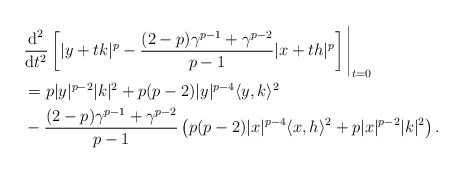
\begin{align*} &\frac{\mbox{d}^2}{\mbox{d}t^2}\left[|y+tk|^p-\frac{(2-p)\gamma^{p-1}+\gamma^{p-2}}{p-1}|x+th|^p\right]\Bigg|_{t=0}\\ &=p|y|^{p-2}|k|^2+p(p-2)|y|^{p-4}\langle y,k\rangle^2\\& -\frac{(2-p)\gamma^{p-1} +\gamma^{p-2}}{p-1}\left(p(p-2)|x|^{p-4}\langle x,h\rangle^2+p|x|^{p-2}|k|^2\right).\end{align*}